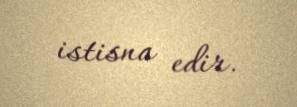
istisna edir.